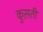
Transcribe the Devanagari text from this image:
कुस़ती